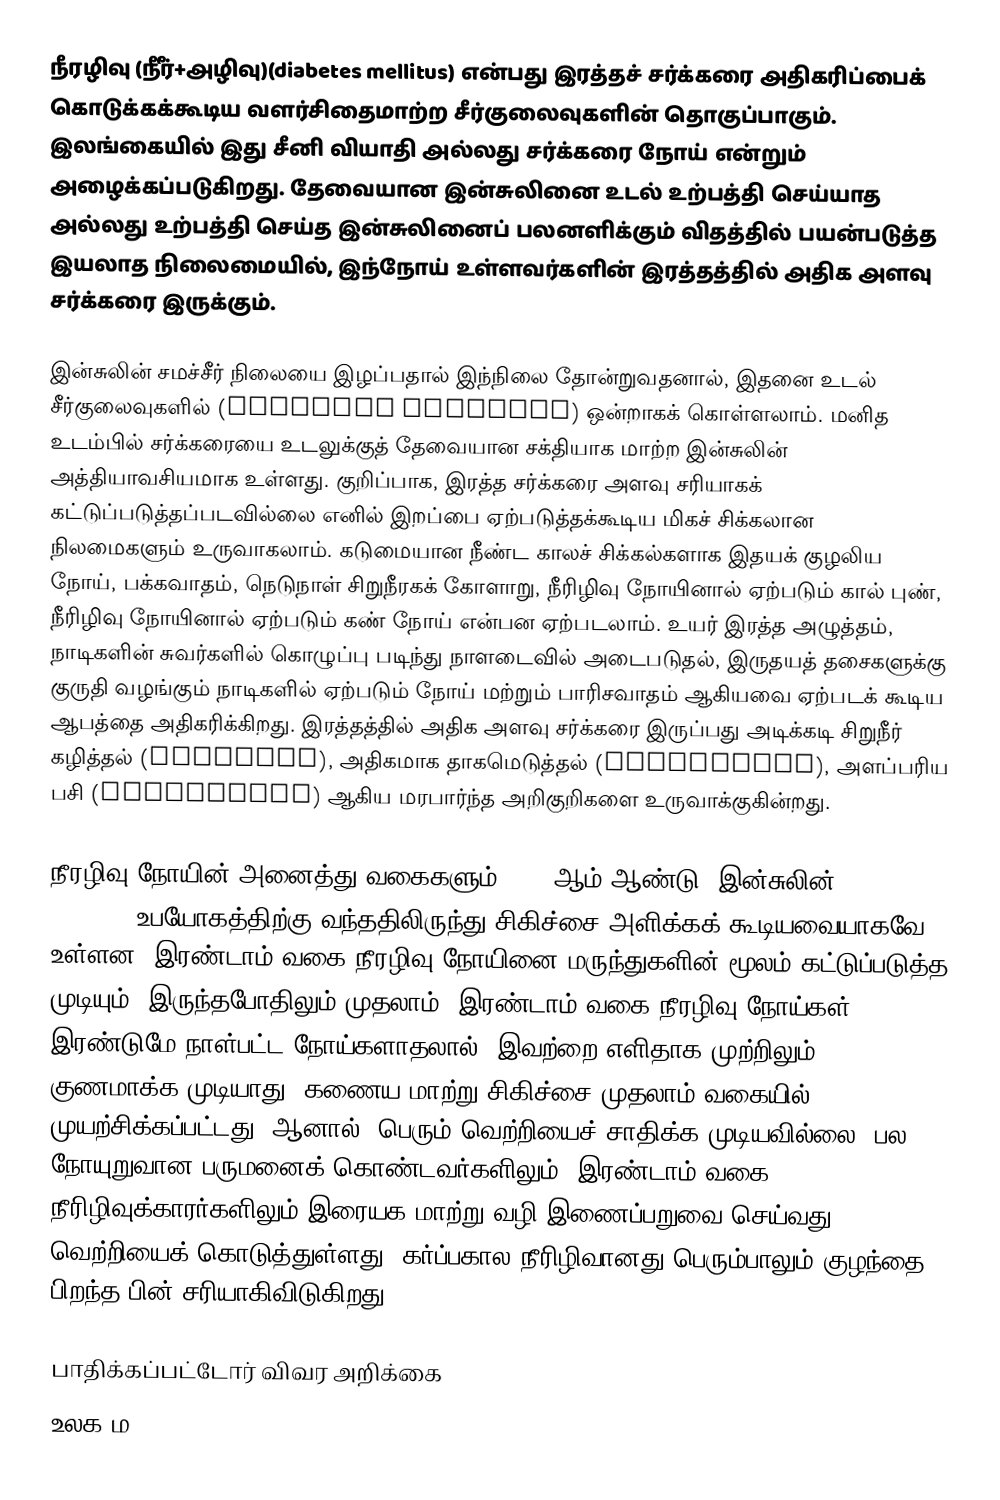
நீரழிவு (நீீர்+அழிவு)(diabetes mellitus) என்பது இரத்தச் சர்க்கரை அதிகரிப்பைக் கொடுக்கக்கூடிய வளர்சிதைமாற்ற சீர்குலைவுகளின் தொகுப்பாகும். இலங்கையில் இது சீனி வியாதி அல்லது சர்க்கரை நோய் என்றும் அழைக்கப்படுகிறது. தேவையான இன்சுலினை உடல் உற்பத்தி செய்யாத அல்லது உற்பத்தி செய்த இன்சுலினைப் பலனளிக்கும் விதத்தில் பயன்படுத்த இயலாத நிலைமையில், இந்நோய் உள்ளவர்களின் இரத்தத்தில் அதிக அளவு சர்க்கரை இருக்கும்.

இன்சுலின் சமச்சீர் நிலையை இழப்பதால் இந்நிலை தோன்றுவதனால், இதனை உடல் சீர்குலைவுகளில் (physical disorder) ஒன்றாகக் கொள்ளலாம். மனித உடம்பில் சர்க்கரையை உடலுக்குத் தேவையான சக்தியாக மாற்ற இன்சுலின் அத்தியாவசியமாக உள்ளது. குறிப்பாக, இரத்த சர்க்கரை அளவு சரியாகக் கட்டுப்படுத்தப்படவில்லை எனில் இறப்பை ஏற்படுத்தக்கூடிய மிகச் சிக்கலான நிலமைகளும் உருவாகலாம். கடுமையான நீண்ட காலச் சிக்கல்களாக இதயக் குழலிய நோய், பக்கவாதம், நெடுநாள் சிறுநீரகக் கோளாறு, நீரிழிவு நோயினால் ஏற்படும் கால் புண், நீரிழிவு நோயினால் ஏற்படும் கண் நோய் என்பன ஏற்படலாம். உயர் இரத்த அழுத்தம், நாடிகளின் சுவர்களில் கொழுப்பு படிந்து நாளடைவில் அடைபடுதல், இருதயத் தசைகளுக்கு குருதி வழங்கும் நாடிகளில் ஏற்படும் நோய் மற்றும் பாரிசவாதம் ஆகியவை ஏற்படக் கூடிய ஆபத்தை அதிகரிக்கிறது. இரத்தத்தில் அதிக அளவு சர்க்கரை இருப்பது அடிக்கடி சிறுநீர் கழித்தல் (polyuria), அதிகமாக தாகமெடுத்தல் (polydipsia), அளப்பரிய பசி (polyphagia) ஆகிய மரபார்ந்த அறிகுறிகளை உருவாக்குகின்றது.

நீரழிவு நோயின் அனைத்து வகைகளும் 1921-ஆம் ஆண்டு "இன்சுலின்" (INSULIN)உபயோகத்திற்கு வந்ததிலிருந்து சிகிச்சை அளிக்கக் கூடியவையாகவே உள்ளன. இரண்டாம் வகை நீரழிவு நோயினை மருந்துகளின் மூலம் கட்டுப்படுத்த முடியும். இருந்தபோதிலும் முதலாம், இரண்டாம் வகை நீரழிவு நோய்கள் இரண்டுமே நாள்பட்ட நோய்களாதலால், இவற்றை எளிதாக முற்றிலும் குணமாக்க முடியாது. கணைய மாற்று சிகிச்சை முதலாம் வகையில் முயற்சிக்கப்பட்டது. ஆனால், பெரும் வெற்றியைச் சாதிக்க முடியவில்லை. பல நோயுறுவான பருமனைக் கொண்டவர்களிலும், இரண்டாம் வகை நீரிழிவுக்காரர்களிலும் இரையக மாற்று வழி இணைப்பறுவை செய்வது வெற்றியைக் கொடுத்துள்ளது. கர்ப்பகால நீரிழிவானது பெரும்பாலும் குழந்தை பிறந்த பின் சரியாகிவிடுகிறது.

பாதிக்கப்பட்டோர் விவர அறிக்கை
உலக ம